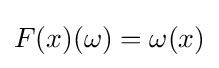
F(x)(\omega )=\omega (x)